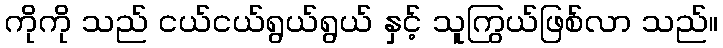
ကိုကို သည် ငယ်ငယ်ရွယ်ရွယ် နှင့် သူကြွယ်ဖြစ်လာ သည်။